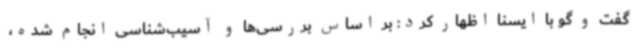
گفت و گو با ایسنا اظهار کرد: بر اساس بررسی‌ها و آسیب‌شناسی انجام شده،